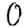
Digit: 0